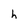
Character: h